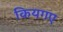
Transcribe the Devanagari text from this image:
कियगए